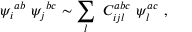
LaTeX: { \psi _ { i } } ^ { a b } \ { \psi _ { j } } ^ { b c } \sim \sum _ { l } \ C _ { i j l } ^ { a b c } \ \psi _ { l } ^ { a c } \ ,